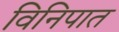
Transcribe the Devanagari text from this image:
विनिपात